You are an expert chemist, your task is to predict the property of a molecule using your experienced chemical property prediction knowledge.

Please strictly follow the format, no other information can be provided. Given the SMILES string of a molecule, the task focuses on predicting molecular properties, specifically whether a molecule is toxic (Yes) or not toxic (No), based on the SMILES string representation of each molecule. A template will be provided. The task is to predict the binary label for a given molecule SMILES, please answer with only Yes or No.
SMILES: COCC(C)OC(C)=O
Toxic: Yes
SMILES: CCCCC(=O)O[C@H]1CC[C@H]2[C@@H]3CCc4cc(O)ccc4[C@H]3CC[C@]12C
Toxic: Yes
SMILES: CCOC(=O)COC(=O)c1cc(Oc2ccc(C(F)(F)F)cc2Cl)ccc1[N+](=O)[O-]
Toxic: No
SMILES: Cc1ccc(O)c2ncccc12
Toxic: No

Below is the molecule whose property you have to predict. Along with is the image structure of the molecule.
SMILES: CCCCCCCCCC#N
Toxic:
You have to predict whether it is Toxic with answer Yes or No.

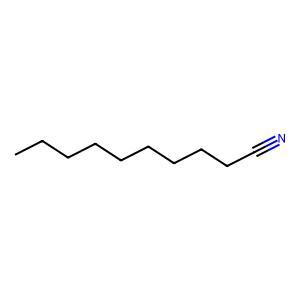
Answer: No